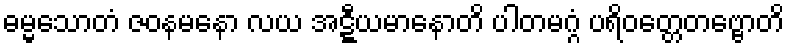
ဓမ္မသောတံ ဇဝနမနော လယ အဋ္ဋီယမာနောတိ ပါတမဂ္ဂံ ပရိဝတ္တေတဗ္ဗောတိ